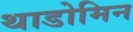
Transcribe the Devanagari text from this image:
थाडोमिन